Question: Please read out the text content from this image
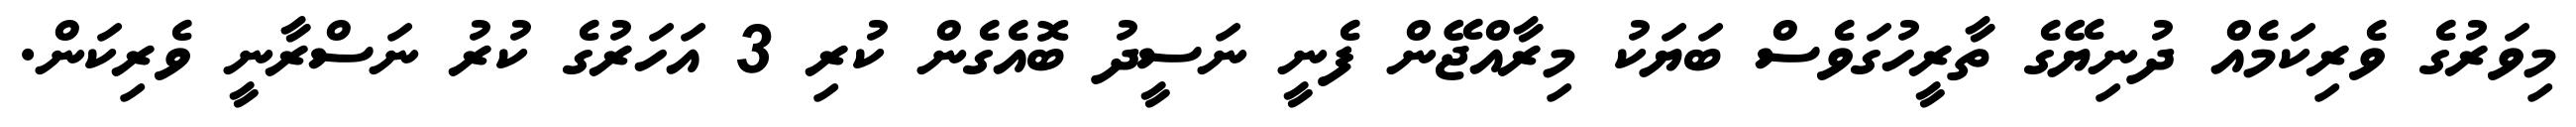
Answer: މިވަރުގެ ވެރިކަމެއް ދުނިޔޭގެ ތާރީހުގަވެސް ބަޔަކު މިރާއްޖޭން ފެނީ ނަސީދު ބޮއެގެން ކުރި 3 އަހަރުގެ ކުރު ނަސްރާނީ ވެރިކަން.